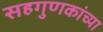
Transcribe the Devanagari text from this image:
सहगुणकांच्या